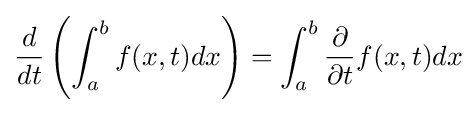
{\frac {d}{dt}}\left(\int _{a}^{b}f(x,t)dx\right)=\int _{a}^{b}{\frac {\partial }{\partial t}}f(x,t)dx